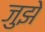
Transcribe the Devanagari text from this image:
जुझे